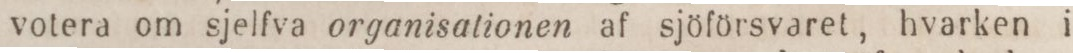
votera om sjelfva organisationen af sjöförsvaret, hvarken i